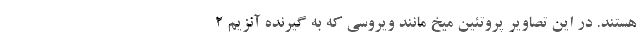
هستند. در این تصاویر پروتئین میخ مانند ویروسی که به گیرنده آنزیم ۲